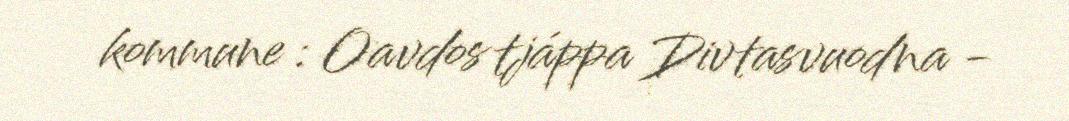
kommune : Oavdos tjáppa Divtasvuodna -